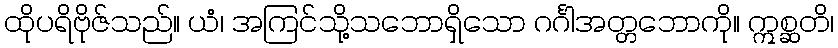
ထိုပရိဗိုဇ်သည်။ ယံ၊ အကြင်သို့သဘောရှိသော ဂင်္ဂါအတ္တဘောကို။ ဣစ္ဆတိ၊